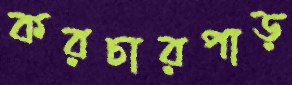
করচারপাড়